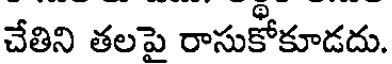
చేతిని తలపై రాసుకోకూడదు.